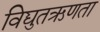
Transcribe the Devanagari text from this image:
विद्युतऋणता